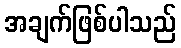
အချက်ဖြစ်ပါသည်